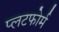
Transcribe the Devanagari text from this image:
प्लटफोर्म